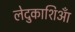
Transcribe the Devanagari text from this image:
लेदुकाशिआँ